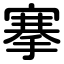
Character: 搴